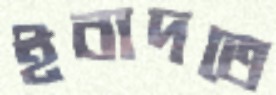
ইবাদতে